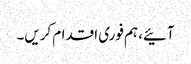
آئیے، ہم فوری اقدام کریں۔